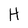
Character: H